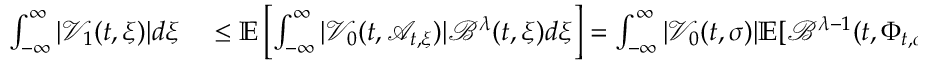
\begin{array} { r l } { \int _ { - \infty } ^ { \infty } | \mathcal { V } _ { 1 } ( t , \xi ) | d \xi } & { { } \leq \mathbb { E } \left[ \int _ { - \infty } ^ { \infty } | \mathcal { V } _ { 0 } ( t , \mathcal { A } _ { t , \xi } ) | \mathcal { B } ^ { \lambda } ( t , \xi ) d \xi \right] = \int _ { - \infty } ^ { \infty } | \mathcal { V } _ { 0 } ( t , \sigma ) | \mathbb { E } [ \mathcal { B } ^ { \lambda - 1 } ( t , \Phi _ { t , \sigma } ) ] d \sigma } \end{array}